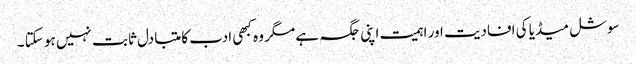
سوشل میڈیا کی افادیت اور اہمیت اپنی جگہ ہے مگر وہ کبھی ادب کا متبادل ثابت نہیں ہو سکتا ۔